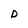
Character: D